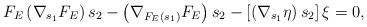
LaTeX: \begin{align*}F_E\left(\nabla_{s_1}F_E\right)s_2-\left(\nabla_{F_E(s_1)}F_E\right)s_2-\left[\left(\nabla_{s_1}\eta\right)s_2\right]\xi=0,\end{align*}